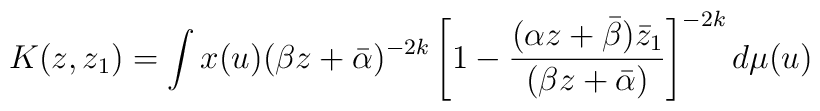
K(z,z_{1})= \int x(u) (\beta z+ \bar{\alpha})^{-2k} \left[ 1- \frac{(\alpha z+\bar{\beta})\bar{z}_{1}}{(\beta     z+\bar{\alpha})} \right]^{-2k} d\mu(u)